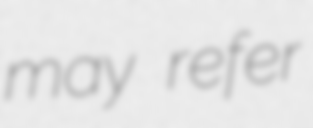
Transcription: may refer